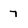
Character: 7